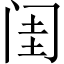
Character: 闺